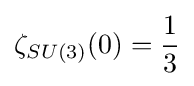
\zeta _{SU(3)}(0)={\frac {1}{3}}